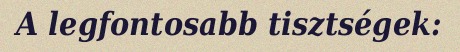
A legfontosabb tisztségek: